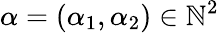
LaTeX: \alpha=(\alpha_{1},\alpha_{2})\in\mathbb{N}^{2}